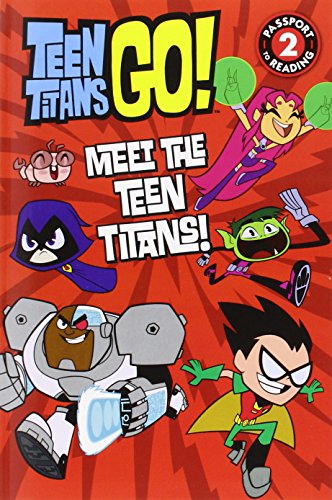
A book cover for Teen Titans Go!: Meet the Teen Titans! (Passport to Reading Level 2); Lucy Rosen; Children's Books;